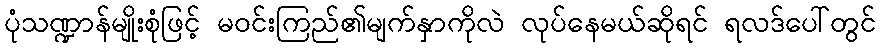
ပုံသဏ္ဍာန်မျိုးစုံဖြင့် မဝင်းကြည်၏မျက်နှာကိုလဲ လုပ်နေမယ်ဆိုရင် ရလဒ်ပေါ်တွင်